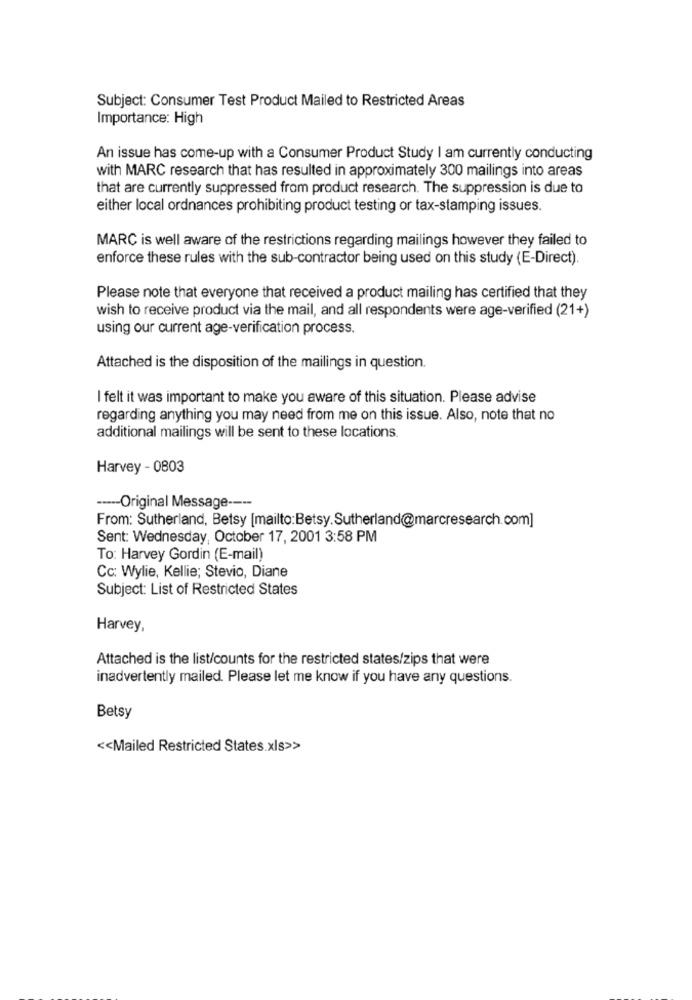
Subject: Consumer Test Product Mailed to Restricted Areas
Importance: High
An issue has come-up with a Consumer Product Study I am currently conducting
with MARC research that has resulted in approximately 300 mailings into areas
that are currently suppressed from product research. The suppression is due to
either local ordnances prohibiting product testing or tax-stamping issues.
MARC is well aware of the restrictions regarding mailings however they failed to
enforce these rules with the sub-contractor being used on this study (E-Direct).
Please note that everyone that received a product mailing has certified that they
wish to receive product via the mail, and all respondents were age-verified (21+)
using our current age-verification process.
Attached is the disposition of the mailings in question.
I felt it was important to make you aware of this situation. Please advise
regarding anything you may need from me on this issue. Also, note that no
additional mailings will be sent to these locations.
Harvey - 0803
----- Original Message ----
From: Sutherland, Betsy [mailto:Betsy.Sutherland@marcresearch.com]
Sent: Wednesday, October 17, 2001 3:58 PM
To: Harvey Gordin (E-mail)
Cc: Wylie, Kellie; Stevio, Diane
Subject: List of Restricted States
Harvey,
Attached is the list/counts for the restricted states/zips that were
inadvertently mailed. Please let me know if you have any questions.
Betsy
<< Mailed Restricted States.xls>>